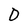
Character: D